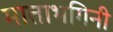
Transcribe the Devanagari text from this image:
माताभगिनी